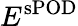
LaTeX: E^{\mathrm{sPOD}}